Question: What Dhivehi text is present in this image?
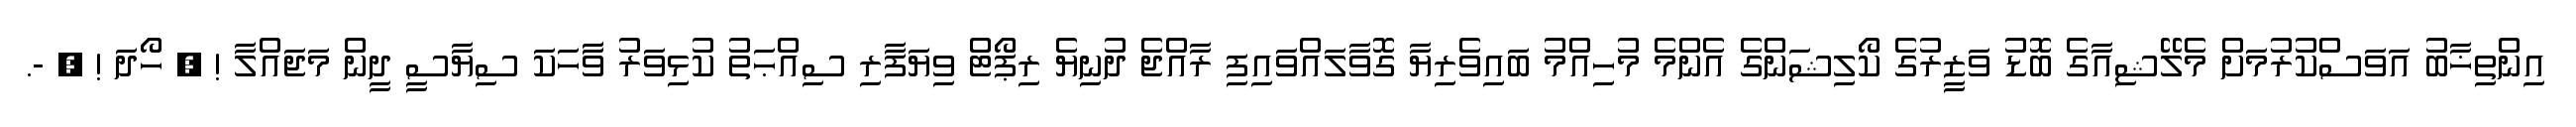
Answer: އިންތިޚާބު އަވަސްކުރުމަށް މެލޭޝިއާގެ ބޮޑު ވަޒީރުގެ ކޯލިޝަންގެ އެންމެ މުހިއްމު ބައިވެރިޔާ ގޮވާލައްވައިފި ރާއްޖެ ދުނިޔެ ރިޕޯޓް ވިޔަފާރި ސިއްޙަތު ކުޅިވަރު ވާާހަކަ ސިޔާސީ ދީން މަޖައްލާ ! ? ހޯދަ ! ? -.